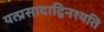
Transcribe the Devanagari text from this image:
यत्प्रसादाद्विनश्यति